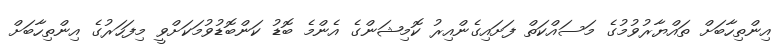
އިންތިހާބަށް ތައްޔާރުވުމުގެ މަސައްކަތް ފަށައިގެންއިރު ކޮމިޝަންގެ އެންމެ ބޮޑު ކަންބޮޑުވުމަކަށްވީ މިފަހަރުގެ އިންތިހާބަށް